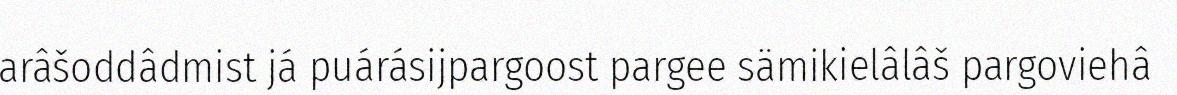
arâšoddâdmist já puárásijpargoost pargee sämikielâlâš pargoviehâ